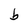
Character: b